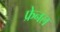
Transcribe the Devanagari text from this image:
फ्रेनल